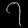
Digit: ၇